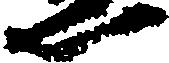
い